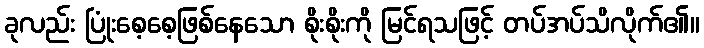
ခုလည်း ပြုံးစေ့စေ့ဖြစ်နေသော စိုးစိုးကို မြင်ရသဖြင့် တပ်အပ်သိလိုက်၏။